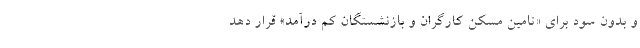
و بدون سود برای «تامین مسکن کارگران و بازنشستگان کم درآمد» قرار دهد